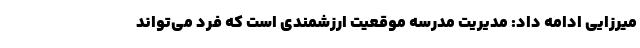
میرزایی ادامه داد: مدیریت مدرسه موقعیت ارزشمندی است که فرد می‌تواند